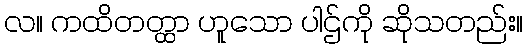
လ။ ကထိတတ္ထာ ဟူသော ပါဌ်ကို ဆိုသတည်း။